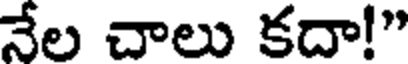
నేల చాలు కదా!"